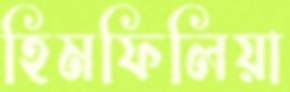
হিমফিলিয়া